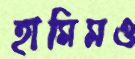
হামিমও